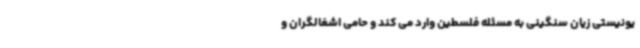
یونیستی زیان سنگینی به مسئله فلسطین وارد می کند و حامی اشغالگران و